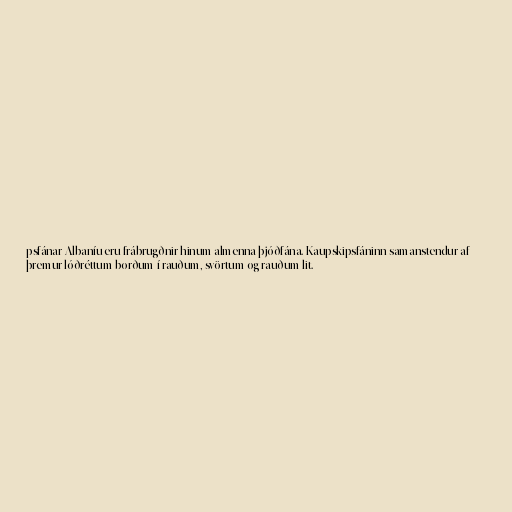
psfánar Albaníu eru frábrugðnir hinum almenna þjóðfána. Kaupskipsfáninn samanstendur af
þremur lóðréttum borðum í rauðum, svörtum og rauðum lit.